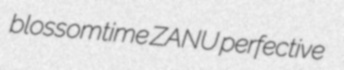
blossomtime ZANU perfective